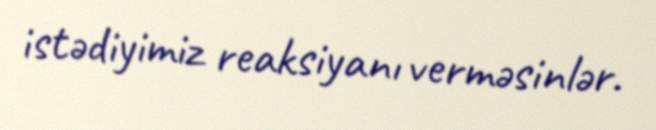
istədiyimiz reaksiyanı verməsinlər.